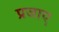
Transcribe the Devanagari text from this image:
प्रजाए